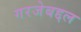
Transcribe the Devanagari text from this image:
गरजेबद्दल